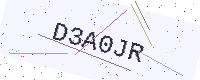
Text: D3A0JR